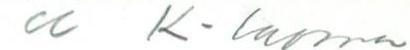
cc K-luoma